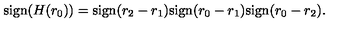
\mathrm { s i g n } ( H ( r _ { 0 } ) ) = \mathrm { s i g n } ( r _ { 2 } - r _ { 1 } ) \mathrm { s i g n } ( r _ { 0 } - r _ { 1 } ) \mathrm { s i g n } ( r _ { 0 } - r _ { 2 } ) .